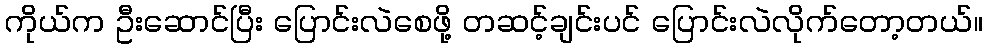
ကိုယ်က ဦးဆောင်ပြီး ပြောင်းလဲစေဖို့ တဆင့်ချင်းပင် ပြောင်းလဲလိုက်တော့တယ်။